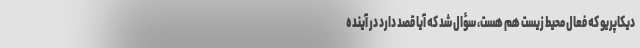
دیکاپریو که فعال محیط زیست هم هست، سؤال شد که آیا قصد دارد در آینده